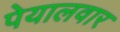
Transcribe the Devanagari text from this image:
पेयालवार